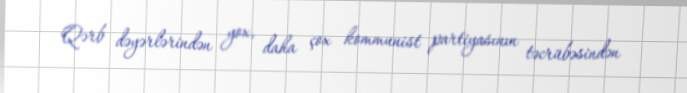
Qərb dəyərlərindən yox, daha çox kommunist partiyasının təcrübəsindən